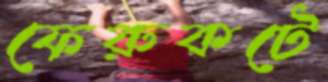
ফেরুকটে